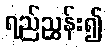
ရည်ညွှန်း၍